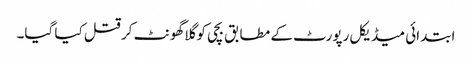
ابتدائی میڈیکل رپورٹ کے مطابق بچی کو گلا گھونٹ کر قتل کیا گیا۔